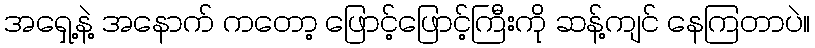
အရှေ့နဲ့ အနောက် ကတော့ ဖြောင့်ဖြောင့်ကြီးကို ဆန့်ကျင် နေကြတာပဲ။